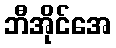
ဘီအိုင်အေ